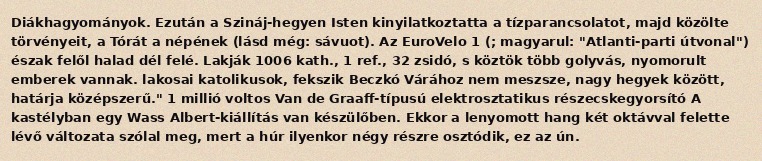
Diákhagyományok. Ezután a Szináj-hegyen Isten kinyilatkoztatta a tízparancsolatot, majd közölte törvényeit, a Tórát a népének (lásd még: sávuot). Az EuroVelo 1 (; magyarul: "Atlanti-parti útvonal") észak felől halad dél felé. Lakják 1006 kath., 1 ref., 32 zsidó, s köztök több golyvás, nyomorult emberek vannak. lakosai katolikusok, fekszik Beczkó Várához nem meszsze, nagy hegyek között, határja középszerű." 1 millió voltos Van de Graaff-típusú elektrosztatikus részecskegyorsító A kastélyban egy Wass Albert-kiállítás van készülőben. Ekkor a lenyomott hang két oktávval felette lévő változata szólal meg, mert a húr ilyenkor négy részre osztódik, ez az ún.